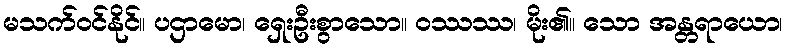
မသက်ဝင်နိုင်။ ပဌာမော၊ ရှေးဦးစွာသော။ ဝဿဿ၊ မိုး၏။ သော အန္တရာယော၊